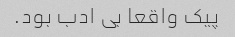
پیک واقعا بی ادب بود.